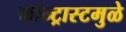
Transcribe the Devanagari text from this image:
कॉन्ट्रास्टमुळे